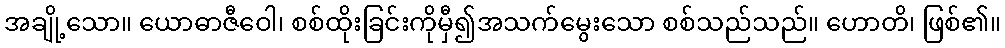
အချို့သော။ ယောဓာဇီဝေါ၊ စစ်ထိုးခြင်းကိုမှီ၍အသက်မွေးသော စစ်သည်သည်။ ဟောတိ၊ ဖြစ်၏။